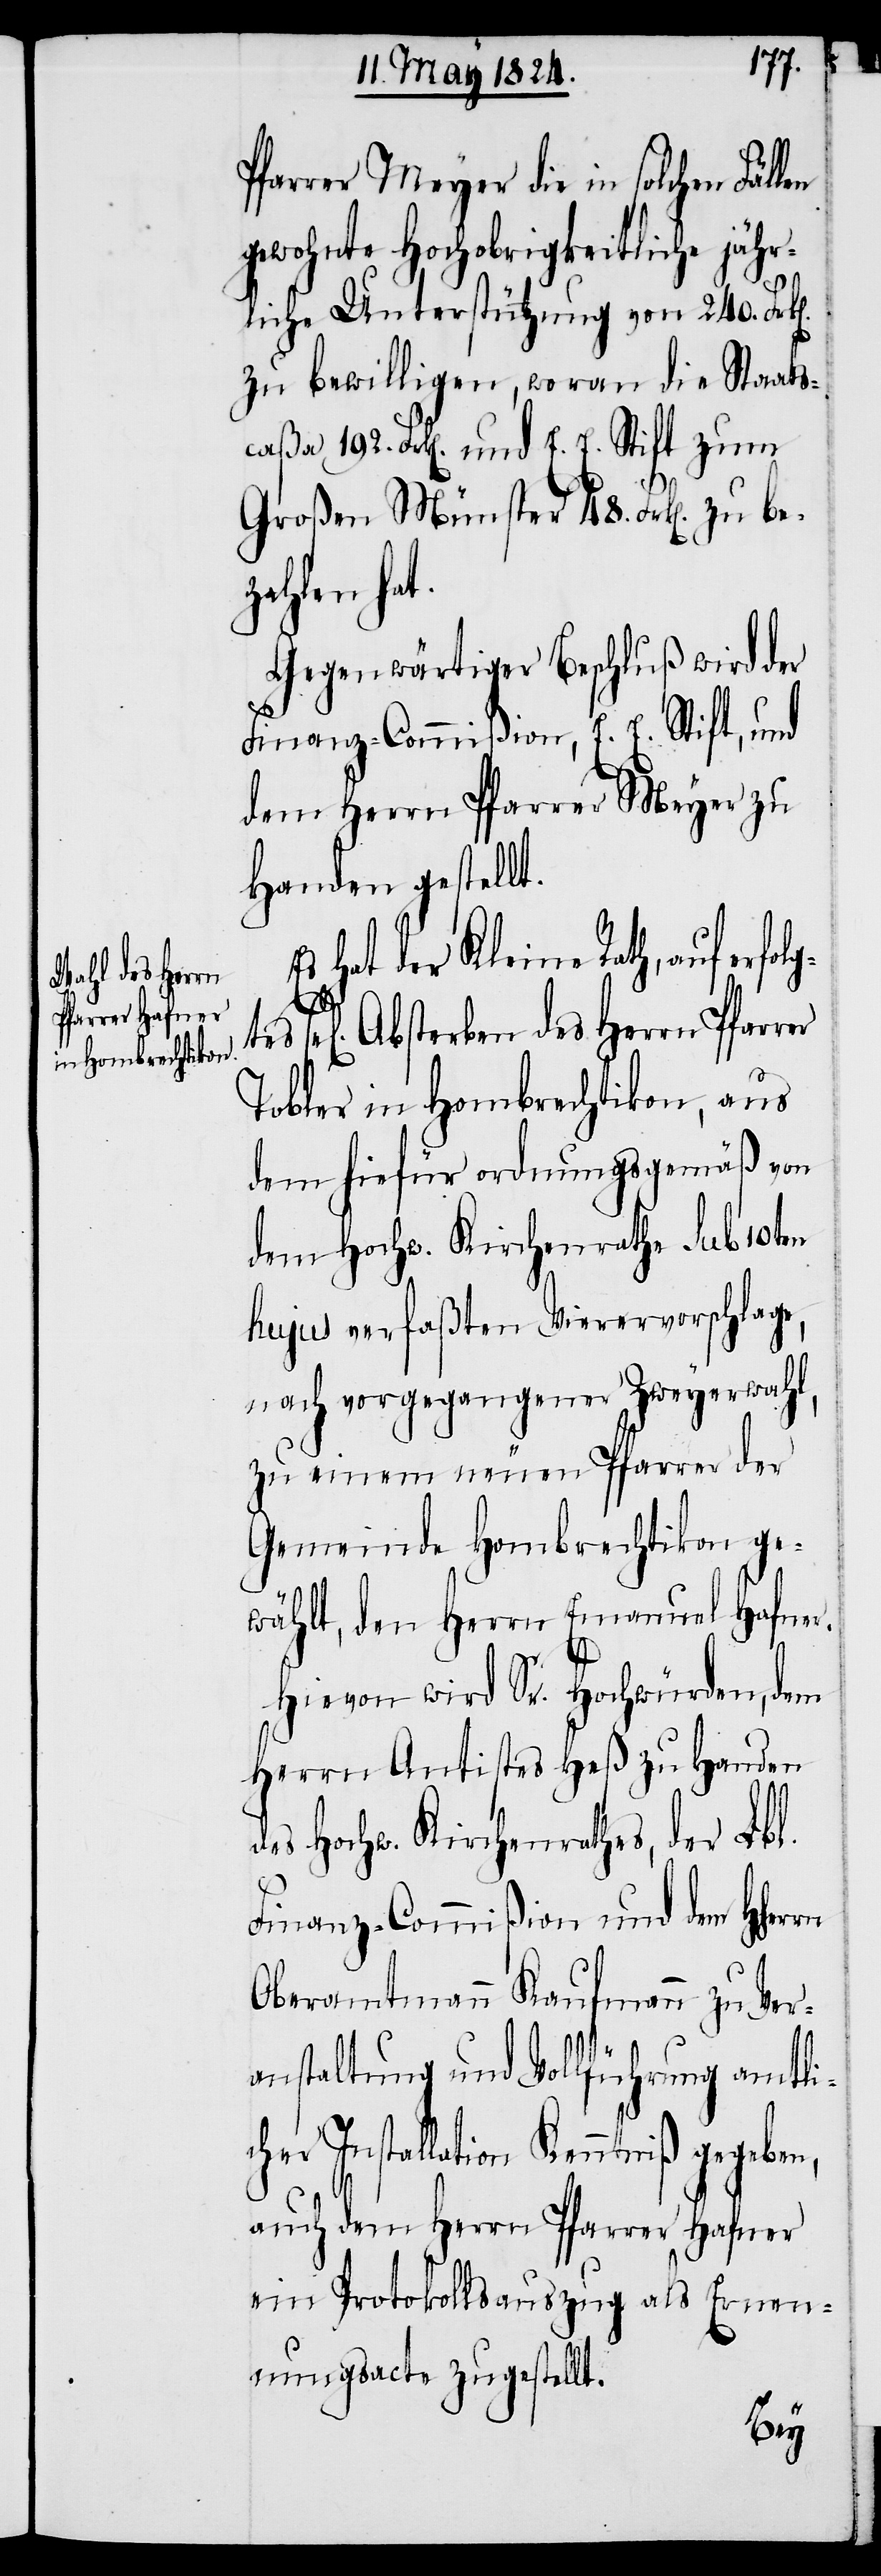
Pfarrer Meyer die in solchen Fäl¬
gewohnte Hochobrigkeitliche jähr¬
liche Unterstützung von 240.
zu bewilligen, woran die Staats¬
caßa 192. Frk[en]. und E. E. Stift zum
Großen Münster 48. Frk[en]. zu be¬
gtes se¬
Gegenwärtiger Beschluß wird der
Finanz-Commißion, E. E. Stift, und
dem Herrn Pfarrer Meyer zu
Handen gestellt.
Es hat der Kleine Rath, auf erfol¬
l[iges] Absterben des Herrn Pfarrer
Tobler in Hombrechtikon, aus
dem hiefür ordnungsgemäß von
dem Hochw. Kirchenrathe sub 10ten
hujus verfaßten Vierervorschlage,
nach vorgegangener Zweyerwahl,
zu einem neuen Pfarrer der
Gemeinde Hombrechtikon ge¬
wählt, den Herrn Emanuel Hafne¬
rn
Hievon wird Sr. Hochwürden, dem
Herrn Antistes Heß zu Handen
des Hochw. Kirchenrathes, der Lbl.
Finanz-Commißion und dem HHer¬
Oberamtmann Kaufmann zu Ver¬
anstaltung und Vollführung amtli¬
cher Installation Kenntniß gegeben,
auch dem Herrn Pfarrer Hafner
ein Protokollsauszug als Ernen¬
nungsacte zugestellt.